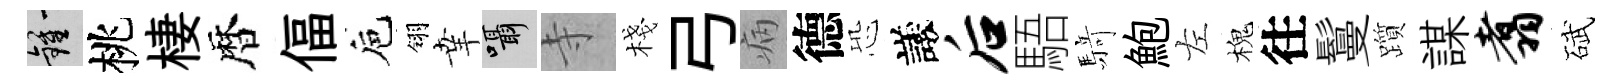
鍾桃棲暦偪巵翎𦍒囁寺棧弓病德恐議后䮏𮪍鮑左槐往鬘躓謀翥碔